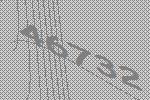
46732